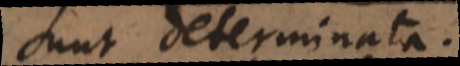
sunt determinata.